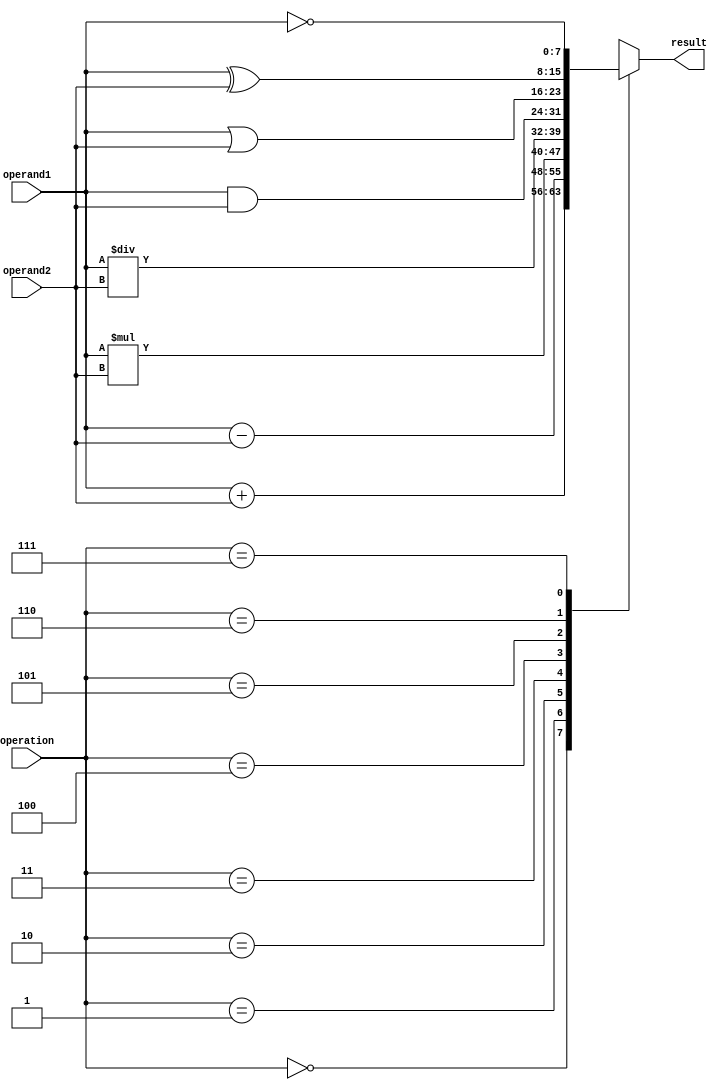
module ALU (
    input [7:0] operand1,
    input [7:0] operand2,
    input [2:0] operation,
    output reg [7:0] result
);

// Arithmetic blocks
reg [8:0] add_result;
reg [8:0] sub_result;
reg [15:0] mul_result;
reg [15:0] div_result;

// Logic gates
reg [7:0] and_result;
reg [7:0] or_result;
reg [7:0] xor_result;
reg [7:0] not_result;

always @(*)
begin
    case(operation)
        3'b000: result = operand1 + operand2; // Adder
        3'b001: result = operand1 - operand2; // Subtractor
        3'b010: result = operand1 * operand2; // Multiplier
        3'b011: result = operand1 / operand2; // Divider
        3'b100: result = operand1 & operand2; // AND gate
        3'b101: result = operand1 | operand2; // OR gate
        3'b110: result = operand1 ^ operand2; // XOR gate
        3'b111: result = ~operand1;            // NOT gate
    endcase
end

endmodule